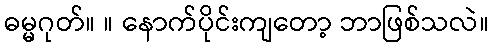
ဓမ္မဂုတ်။ ။ နောက်ပိုင်းကျတော့ ဘာဖြစ်သလဲ။